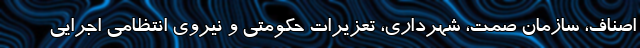
اصناف، سازمان صمت، شهرداری، تعزیرات حکومتی و نیروی انتظامی اجرایی